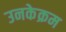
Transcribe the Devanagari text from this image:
उनकेक्रम